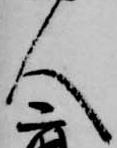
人